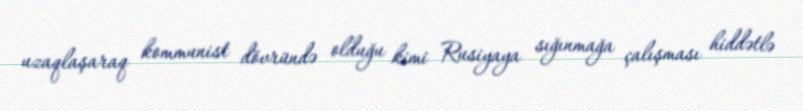
uzaqlaşaraq kommunist dövründə olduğu kimi Rusiyaya sığınmağa çalışması hiddətlə